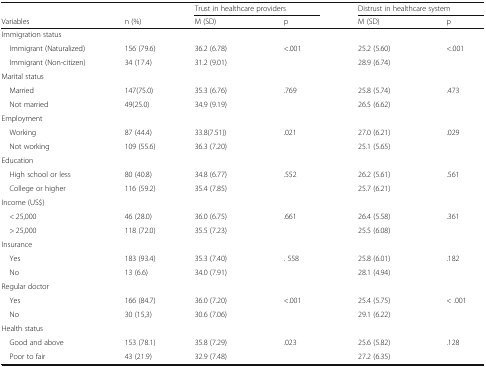
<table><thead><tr><td></td><td></td><td colspan="2"><b>Trust in healthcare providers</b></td><td colspan="2"><b>Distrust in healthcare system</b></td></tr><tr><td><b>Variables</b></td><td><b>n (%)</b></td><td><b>M (SD)</b></td><td><b>p</b></td><td><b>M (SD)</b></td><td><b>p</b></td></tr></thead><tbody><tr><td colspan="6">Immigration status</td></tr><tr><td> Immigrant (Naturalized)</td><td>156 (79.6)</td><td>36.2 (6.78)</td><td rowspan="2">&lt;.001</td><td>25.2 (5.60)</td><td rowspan="2">&lt;.001</td></tr><tr><td> Immigrant (Non-citizen)</td><td>34 (17.4)</td><td>31.2 (9.01)</td><td>28.9 (6.74)</td></tr><tr><td colspan="6">Marital status</td></tr><tr><td> Married</td><td>147(75.0)</td><td>35.3 (6.76)</td><td rowspan="2">.769</td><td>25.8 (5.74)</td><td rowspan="2">.473</td></tr><tr><td> Not married</td><td>49(25.0)</td><td>34.9 (9.19)</td><td>26.5 (6.62)</td></tr><tr><td colspan="6">Employment</td></tr><tr><td> Working</td><td>87 (44.4)</td><td>33.8(7.51))</td><td rowspan="2">.021</td><td>27.0 (6.21)</td><td rowspan="2">.029</td></tr><tr><td> Not working</td><td>109 (55.6)</td><td>36.3 (7.20)</td><td>25.1 (5.65)</td></tr><tr><td colspan="6">Education</td></tr><tr><td> High school or less</td><td>80 (40.8)</td><td>34.8 (6.77)</td><td rowspan="2">.552</td><td>26.2 (5.61)</td><td rowspan="2">.561</td></tr><tr><td> College or higher</td><td>116 (59.2)</td><td>35.4 (7.85)</td><td>25.7 (6.21)</td></tr><tr><td colspan="6">Income (US$)</td></tr><tr><td> &lt; 25,000</td><td>46 (28.0)</td><td>36.0 (6.75)</td><td rowspan="2">.661</td><td>26.4 (5.58)</td><td rowspan="2">.361</td></tr><tr><td> &gt; 25,000</td><td>118 (72.0)</td><td>35.5 (7.23)</td><td>25.5 (6.08)</td></tr><tr><td colspan="6">Insurance</td></tr><tr><td> Yes</td><td>183 (93.4)</td><td>35.3 (7.40)</td><td rowspan="2">. 558</td><td>25.8 (6.01)</td><td rowspan="2">.182</td></tr><tr><td> No</td><td>13 (6.6)</td><td>34.0 (7.91)</td><td>28.1 (4.94)</td></tr><tr><td colspan="6">Regular doctor</td></tr><tr><td> Yes</td><td>166 (84.7)</td><td>36.0 (7.20)</td><td rowspan="2">&lt;.001</td><td>25.4 (5.75)</td><td rowspan="2">&lt; .001</td></tr><tr><td> No</td><td>30 (15,3)</td><td>30.6 (7.06)</td><td>29.1 (6.22)</td></tr><tr><td colspan="6">Health status</td></tr><tr><td> Good and above</td><td>153 (78.1)</td><td>35.8 (7.29)</td><td rowspan="2">.023</td><td>25.6 (5.82)</td><td rowspan="2">.128</td></tr><tr><td> Poor to fair</td><td>43 (21.9)</td><td>32.9 (7.48)</td><td>27.2 (6.35)</td></tr></tbody></table>